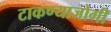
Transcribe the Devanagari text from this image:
टाकण्याजोगी